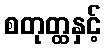
စတုတ္ထနှင့်